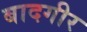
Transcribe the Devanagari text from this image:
बादगीर